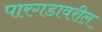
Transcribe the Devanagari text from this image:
पारगडावरील